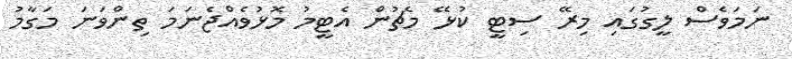
ނަމަވެސް ލީގުގައި މިރޭ ސިޓީ ކުޅޭ މެޗުން އެޓީމު މޮޅުވެއްޖެނަމަ ތިންވަނަ މަގާމު